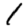
Digit: 1